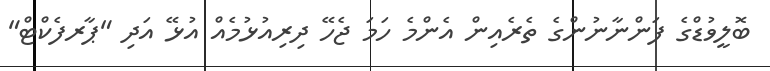
ބޮލީވުޑްގެ ފަންނާނުންގެ ތެރެއިން އެންމެ ހަމަ ޖެހޭ ދިރިއުޅުމެއް އުޅޭ އަދި "ޕާރފެކްޓް"